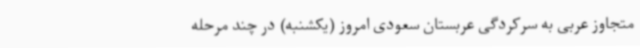
متجاوز عربی به سرکردگی عربستان سعودی امروز (یکشنبه) در چند مرحله